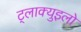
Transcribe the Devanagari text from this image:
ट्लाक्युइलो